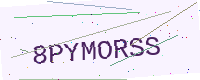
Text: 8PYMORSS